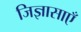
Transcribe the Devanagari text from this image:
जिज्ञासाएँ